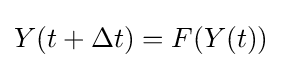
Y(t+\Delta t)=F(Y(t))